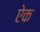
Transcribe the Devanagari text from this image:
एेक